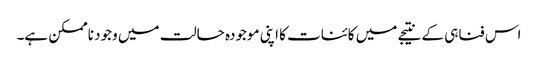
اس فناہی کے نتیجے میں کائنات کا اپنی موجودہ حالت میں وجود ناممکن ہے۔